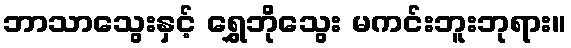
ဘာသာသွေးနှင့် ရွှေဘိုသွေး မကင်းဘူးဘုရား။